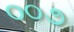
૦૦૭